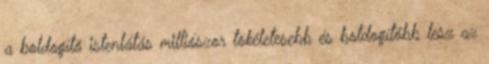
a boldogító istenlátás milliószor tökéletesebb és boldogítóbb lesz az